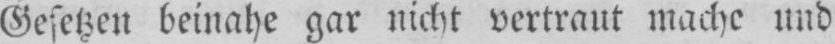
Gesetzen beinahe gar nicht vertraut mache und